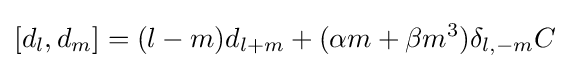
[d_{l},d_{m}]=(l-m)d_{l+m}+(\alpha m+\beta m^{3})\delta _{l,-m}C